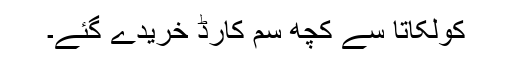
کولکاتا سے کچھ سم کارڈ خریدے گئے۔